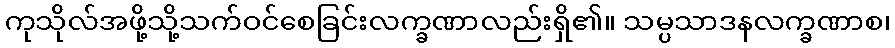
ကုသိုလ်အဖို့သို့သက်ဝင်စေခြင်းလက္ခဏာလည်းရှိ၏။ သမ္ပသာဒနလက္ခဏာစ၊